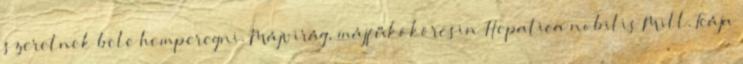
szeretnek bele hemperegni. Májvirág, májfűkökörcsin Hepatica nobilis Mill. Teája